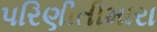
પરિણીતીમારા